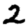
Digit: 2